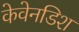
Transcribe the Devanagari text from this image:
केवेनडिश